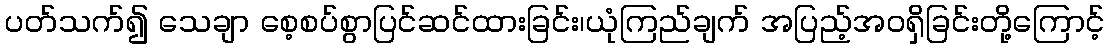
ပတ်သက်၍ သေချာ စေ့စပ်စွာပြင်ဆင်ထားခြင်း၊ယုံကြည်ချက် အပြည့်အဝရှိခြင်းတို့ကြောင့်